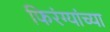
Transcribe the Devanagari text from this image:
फिरंग्यांच्या